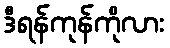
ဒီရန်ကုန်ကိုလား